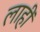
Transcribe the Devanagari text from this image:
लाहीं